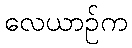
လေယာဉ်က